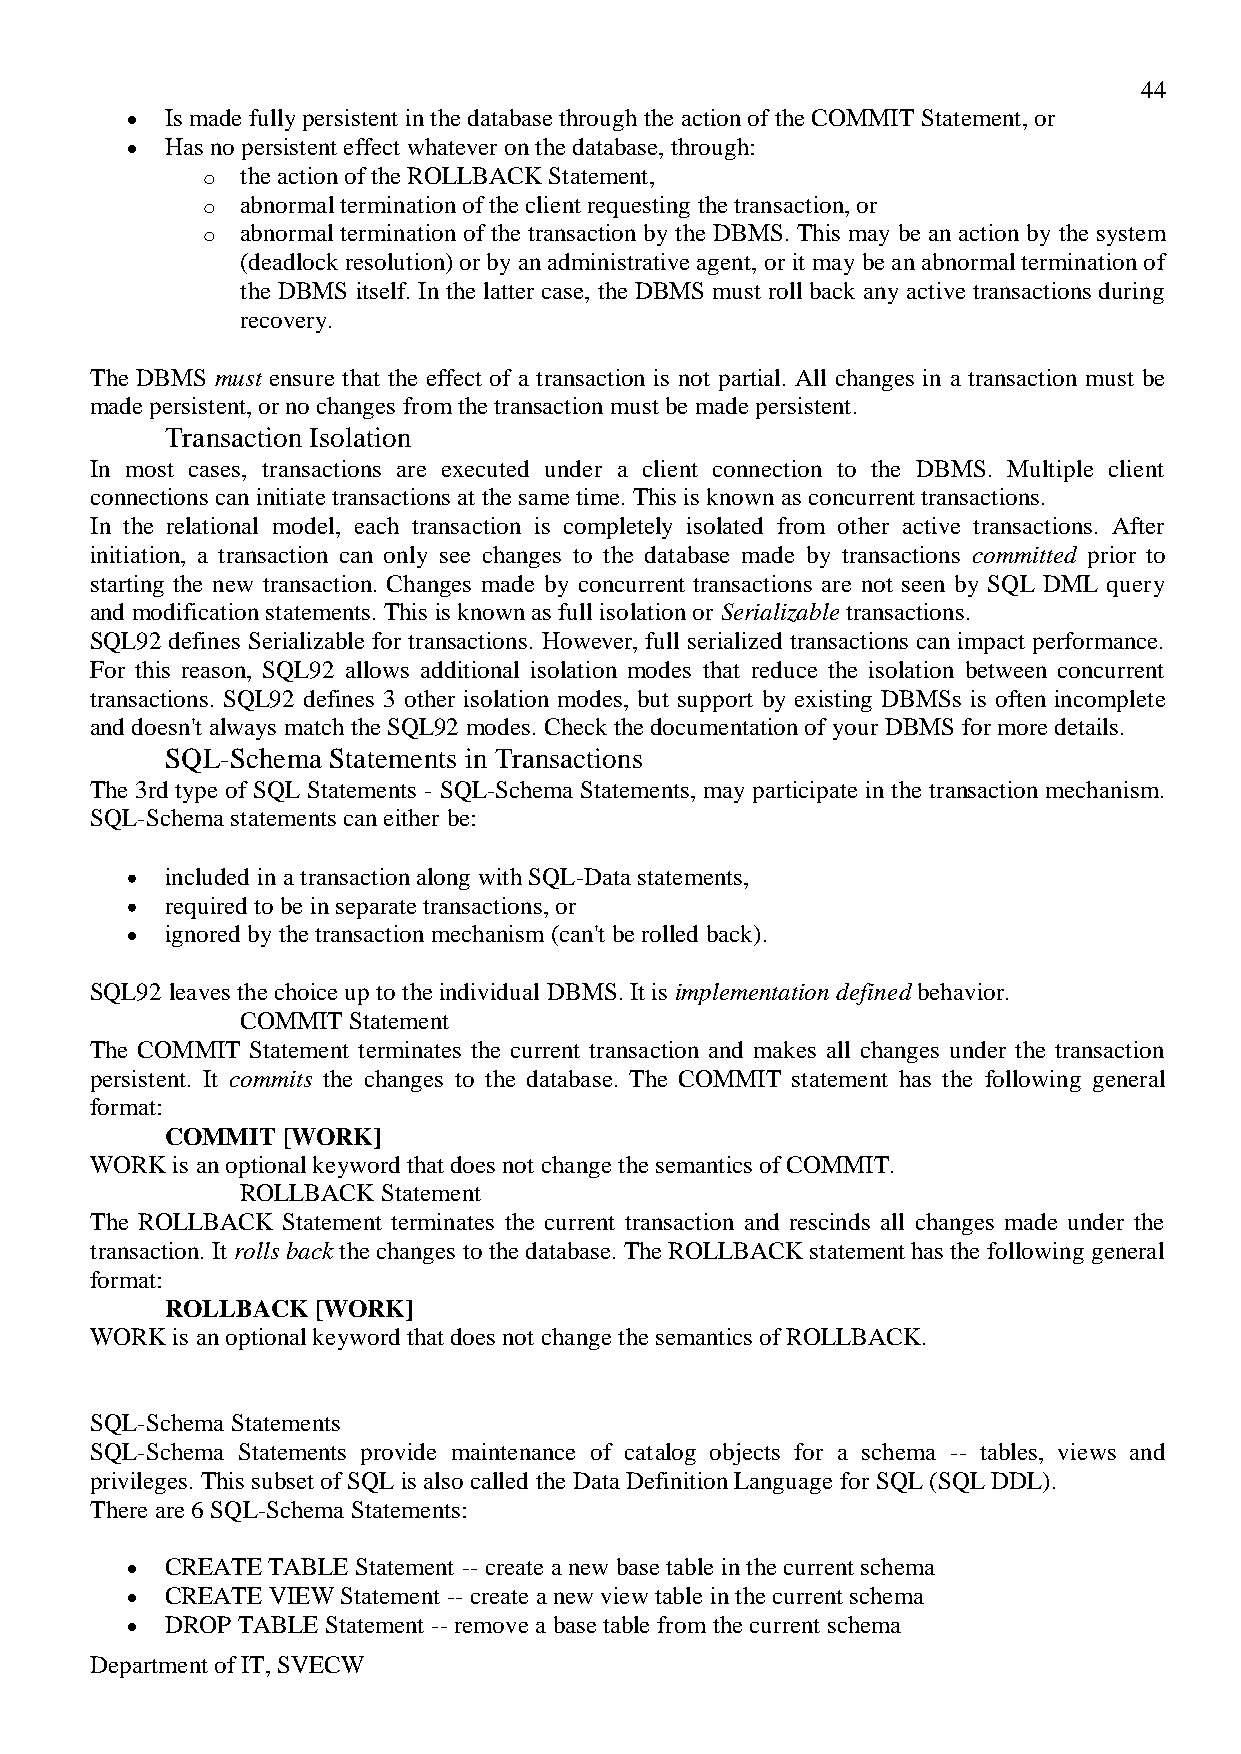
44
 Is made fully persistent in the database through the action of the COMMIT Statement, or
 Has no persistent effect whatever on the database, through:
 o  the action of the ROLLBACK Statement,
 o  abnormal termination of the client requesting the transaction, or
 o  abnormal termination of the transaction by the DBMS. This may be an action by the system
 (deadlock resolution) or by an administrative agent, or it may be an abnormal termination of
 the DBMS itself. In the latter case, the DBMS must roll back any active transactions during
 recovery.
 The DBMS must ensure that the effect of a transaction is not partial. All changes in a transaction must be
 made persistent, or no changes from the transaction must be made persistent.
 Transaction Isolation
 In most cases, transactions are executed under a client connection to the DBMS. Multiple client
 connections can initiate transactions at the same time. This is known as concurrent transactions.
 In the relational model, each transaction is completely isolated from other active transactions. After
 initiation, a transaction can only see changes to the database made by transactions committed prior to
 starting the new transaction. Changes made by concurrent transactions are not seen by SQL DML query
 and modification statements. This is known as full isolation or Serializable transactions.
 SQL92 defines Serializable for transactions. However, full serialized transactions can impact performance.
 For this reason, SQL92 allows additional isolation modes that reduce the isolation between concurrent
 transactions. SQL92 defines 3 other isolation modes, but support by existing DBMSs is often incomplete
 and doesn't always match the SQL92 modes. Check the documentation of your DBMS for more details.
 SQL-Schema Statements in Transactions
 The 3rd type of SQL Statements - SQL-Schema Statements, may participate in the transaction mechanism.
 SQL-Schema statements can either be:
 included in a transaction along with SQL-Data statements,
 required to be in separate transactions, or
 ignored by the transaction mechanism (can't be rolled back).
 SQL92 leaves the choice up to the individual DBMS. It is implementation defined behavior.
 COMMIT Statement
 The COMMIT Statement terminates the current transaction and makes all changes under the transaction
 persistent. It commits the changes to the database. The COMMIT statement has the following general
 format:
 COMMIT  [WORK]
 WORK is an optional keyword that does not change the semantics of COMMIT.
 ROLLBACK Statement
 The ROLLBACK Statement terminates the current transaction and rescinds all changes made under the
 transaction. It rolls back the changes to the database. The ROLLBACK statement has the following general
 format:
 ROLLBACK  [WORK]
 WORK is an optional keyword that does not change the semantics of ROLLBACK.
 SQL-Schema Statements
 SQL-Schema Statements provide maintenance of catalog objects for a schema -- tables, views and
 privileges. This subset of SQL is also called the Data Definition Language for SQL (SQL DDL).
 There are 6 SQL-Schema Statements:
 CREATE TABLE Statement -- create a new base table in the current schema
 CREATE VIEW Statement -- create a new view table in the current schema
 DROP TABLE Statement -- remove a base table from the current schema
 Department of IT, SVECW